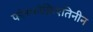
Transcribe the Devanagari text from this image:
फोस्फोक्रिएतिनीन